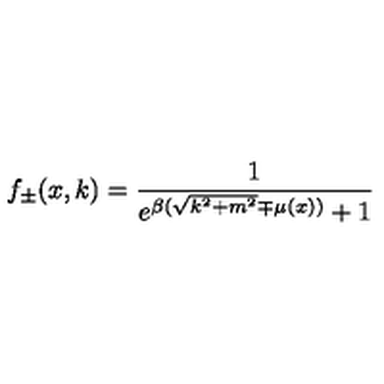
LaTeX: f _ { \pm } ( x , k ) = { \frac { 1 } { e ^ { \beta ( \sqrt { k ^ { 2 } + m ^ { 2 } } \mp \mu ( x ) ) } + 1 } }